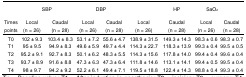
|  | <COLSPAN=2> SBP | <COLSPAN=2> DBP | <COLSPAN=2> HP | <COLSPAN=2> SaO2 |
 | Times points | Local (n = 26) | Caudal (n = 28) | Local (n = 26) | Caudal (n = 28) | Local (n = 26) | Caudal (n = 28) | Local (n = 26) | Caudal (n = 28) |
 | --- | --- | --- | --- | --- | --- | --- | --- | --- |
 | T0 | 102 ± 9.3 | 103.4 ± 8.3 | 53.1 ± 7.2 | 55.6 ± 4.7 | 138.9 ± 31.5 | 149.3 ± 14.3 | 98.3 ± 0.6 | 98.3 ± 0.7 |
 | T1 | 95 ± 9.5 | 94.9 ± 8.3 | 49.6 ± 5.9 | 49.7 ± 4.4 | 114.3 ± 22.7 | 118.3 ± 13.9 | 99.3 ± 0.4 | 99.5 ± 0.5 |
 | T2 | 95.2 ± 9.1 | 92.7 ± 8.3 | 50.1 ± 6.2 | 48.3 ± 5.5 | 114.3 ± 15.6 | 117.8 ± 14.0 | 99.4 ± 0.4 | 99.6 ± 0.4 |
 | T3 | 93.7 ± 8.9 | 91.6 ± 8.8 | 47.3 ± 6.3 | 47.3 ± 6.4 | 111.8 ± 14.6 | 113.1 ± 14.1 | 99.4 ± 0.5 | 99.5 ± 0.4 |
 | T4 | 98 ± 9.7 | 94.2 ± 9.2 | 52.2 ± 6.1 | 49.4 ± 7.1 | 119.5 ± 18.8 | 122.4 ± 14.3 | 98.8 ± 0.4 | 99.3 ± 0.4 |